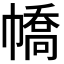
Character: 𢄹